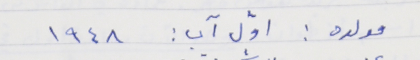
مولده : اوّل آب : ١٩٤٨